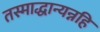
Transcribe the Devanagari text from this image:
तस्माद्धान्यन्नहि